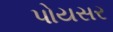
પોયસર